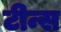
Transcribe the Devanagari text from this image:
टीन्स